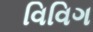
વિવિગ